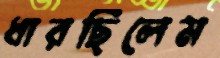
ধারছিলেম